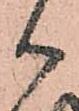
御